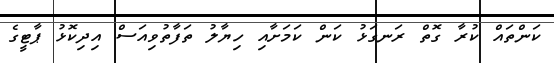
ކަންތައް ކުރާ ގޮތް ރަނގަޅު ކަން ކަމަށާއި ހިޔާލު ތަފާތުވިއަސް އިދިކޮޅު ޕާޓީގެ